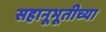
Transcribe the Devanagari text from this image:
सहानूभूतीच्या